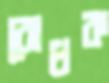
রোধক